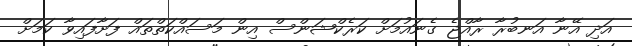
އަދި އޭނާ އަނބުރާ ރާއްޖެ ގެނައުމަށް ކަރެކްޝަންސް އިން މަސައްކަތްތައް ފަށާފައިވާ ކަމަށް